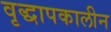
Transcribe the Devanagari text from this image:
वृद्धापकालीन